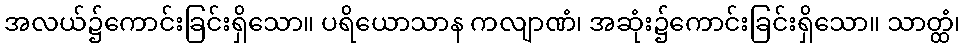
အလယ်၌ကောင်းခြင်းရှိသော။ ပရိယောသာန ကလျာဏံ၊ အဆုံး၌ကောင်းခြင်းရှိသော။ သာတ္ထံ၊